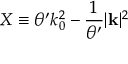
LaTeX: X \equiv \theta ^ { \prime } k _ { 0 } ^ { 2 } - \frac { 1 } { \theta ^ { \prime } } | \mathbf { k } | ^ { 2 }